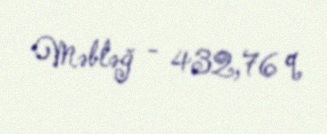
Məbləğ - 432,76 q